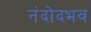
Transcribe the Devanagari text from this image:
नंदोदभव